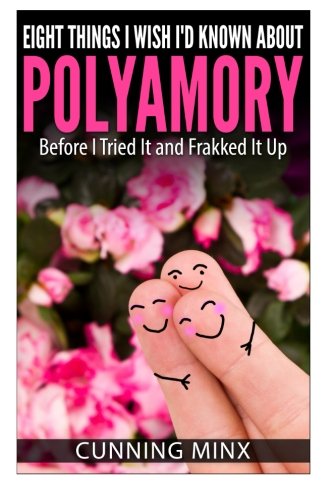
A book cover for Eight Things I Wish I'd Known About Polyamory: Before I Tried It and Frakked It Up; Cunning Minx; Self-Help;